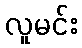
လူမင်း